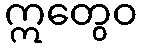
ဣတွေဝ